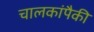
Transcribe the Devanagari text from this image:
चालकांपैकी